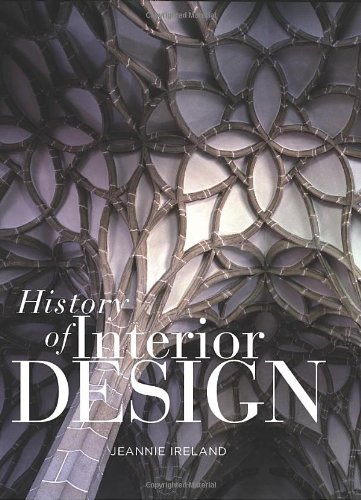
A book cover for History of Interior Design; Jeannie Ireland; Arts & Photography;